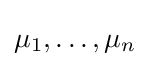
\mu _{1},\ldots ,\mu _{n}